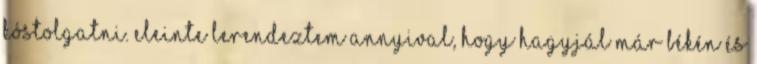
kóstolgatni. Eleinte lerendeztem annyival, hogy hagyjál már békén és